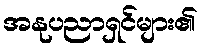
အနုပညာရှင်များ၏